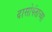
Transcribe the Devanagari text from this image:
दासोपंताच्या